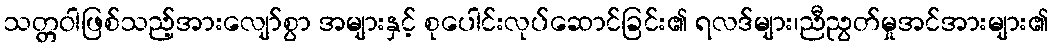
သတ္တဝါဖြစ်သည့်အားလျော်စွာ အများနှင့် စုပေါင်းလုပ်ဆောင်ခြင်း၏ ရလဒ်များ၊ညီညွတ်မှုအင်အားများ၏